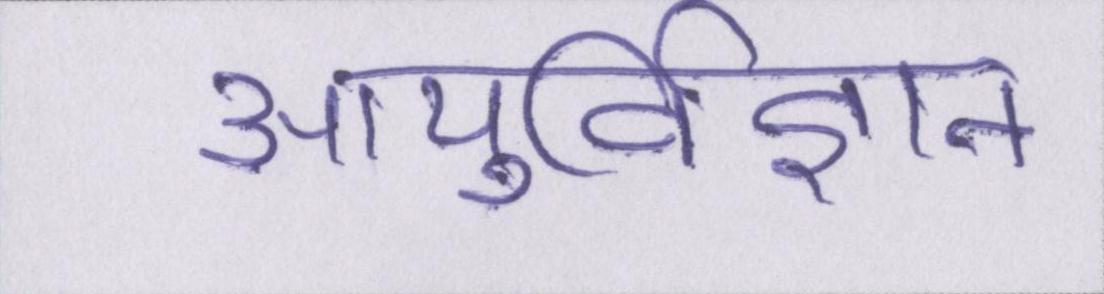
आयुर्विज्ञान